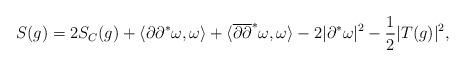
LaTeX: \begin{align*}S(g)=2S_C(g)+\langle\partial\partial^*\omega,\omega\rangle+\langle\overline{\partial}\overline{\partial}^*\omega,\omega\rangle-2|\partial^*\omega|^2-\frac{1}{2}|T(g)|^2,\end{align*}